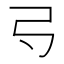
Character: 𢎚